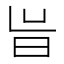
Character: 𭥝